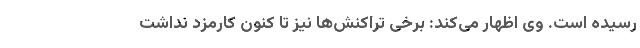
رسیده است. وی اظهار می‌کند: برخی تراکنش‌ها نیز تا کنون کارمزد نداشت